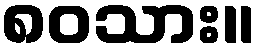
၈၀သား။